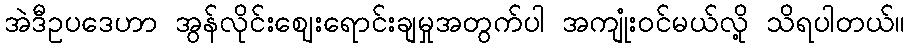
အဲဒီဥပဒေဟာ အွန်လိုင်းဈေးရောင်းချမှုအတွက်ပါ အကျုံးဝင်မယ်လို့ သိရပါတယ်။